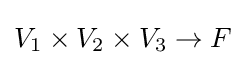
V_{1}\times V_{2}\times V_{3}\to F